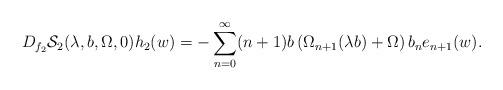
LaTeX: \begin{align*}D_{f_{2}}\mathcal{S}_{2}(\lambda,b,\Omega,0)h_{2}(w)=-\sum_{n=0}^{\infty}(n+1)b\left(\Omega_{n+1}(\lambda b)+\Omega\right)b_{n}e_{n+1}(w).\end{align*}